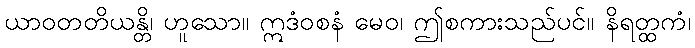
ယာဝတတိယန္တိ၊ ဟူသော။ ဣဒံဝစနံ မေဝ၊ ဤစကားသည်ပင်။ နိရတ္ထကံ၊